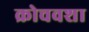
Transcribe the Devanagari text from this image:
क्रोचवशा